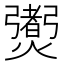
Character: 𤑨